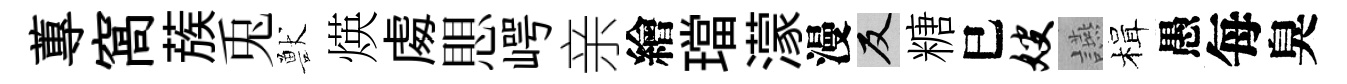
蓴窩蔟兎獸煐䖏愳崿亲繪璫濛漫反糖巳嫂讌楫愚每臭